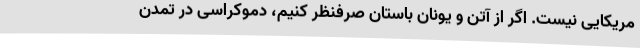
مریکایی نیست. اگر از آتن و یونان باستان صرفنظر کنیم، دموکراسی در تمدن